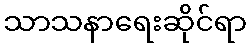
သာသနာရေးဆိုင်ရာ